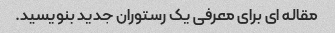
مقاله ای برای معرفی یک رستوران جدید بنویسید.